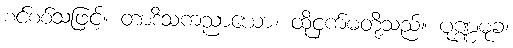
စင်စစ်သဖြင့်။ တာဒိသံကညာယော၊ ထိုငှက်မတို့သည်။ ပုဏ္ဏမုခံ၊